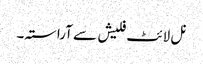
نل لائٹ فلیش سے آراستہ۔